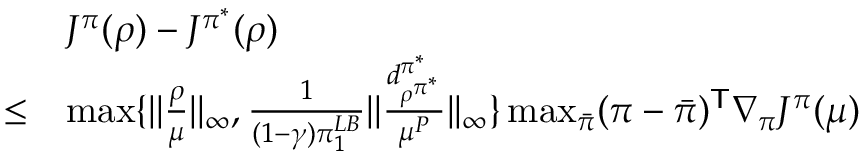
\begin{array} { r l } & { J ^ { \pi } ( \rho ) - J ^ { \pi ^ { * } } ( \rho ) } \\ { \le } & { \operatorname* { m a x } \{ | | \frac { \rho } { \mu } | | _ { \infty } , \frac { 1 } { ( 1 - \gamma ) \pi _ { 1 } ^ { L B } } | | \frac { d _ { \rho ^ { \pi ^ { * } } } ^ { \pi ^ { * } } } { \mu ^ { P } } | | _ { \infty } \} \operatorname* { m a x } _ { \bar { \pi } } ( \pi - \bar { \pi } ) ^ { \mathsf T } \nabla _ { \pi } J ^ { \pi } ( \mu ) } \end{array}